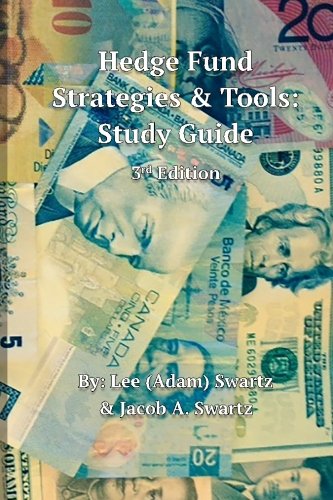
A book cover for Hedge Fund Strategies & Tools: Study Guide 3rd Edition; Lee Adam Swartz; Business & Money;